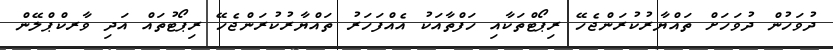
ދުވަހުން ދުވަހަށް ތައްޔާރުކުރަންޖެހޭ ރިޕޯޓްތަކާއި ހަފްތާއަކު އެއްފަހަރު ތައްޔާރުކުރަންޖެހޭ ރިޕޯޓުތައް އަދި ވާރކްޕްލޭން